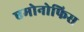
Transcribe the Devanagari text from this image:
एमोनोफिस